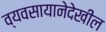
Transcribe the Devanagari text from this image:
व्यवसायानेदेखील